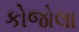
કોજોલા